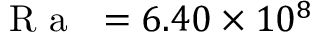
\mathrm { ~ \textit ~ { ~ R ~ a ~ } ~ } = 6 . 4 0 \times 1 0 ^ { 8 }